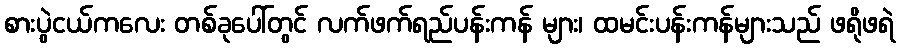
စားပွဲငယ်ကလေး တစ်ခုပေါ်တွင် လက်ဖက်ရည်ပန်းကန် များ၊ ထမင်းပန်းကန်များသည် ဖရိုဖရဲ